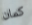
كمان